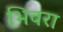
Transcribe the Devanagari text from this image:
भिवरा